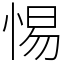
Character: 惕